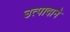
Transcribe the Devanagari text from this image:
उत्पादाने